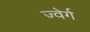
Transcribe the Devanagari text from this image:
ज्वेर्ग